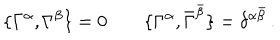
\{ \Gamma ^ { \alpha } , \Gamma ^ { \beta } \} = 0 \qquad \{ \Gamma ^ { \alpha } , \bar { \Gamma } ^ { \bar { \beta } } \} = \delta ^ { \alpha \bar { \beta } } \, .